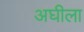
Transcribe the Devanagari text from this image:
अघीला